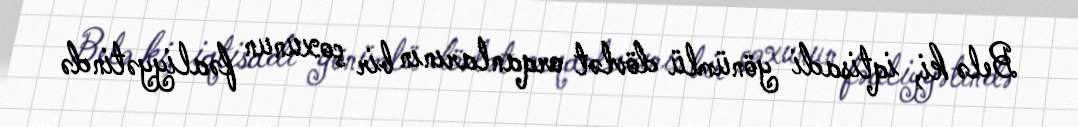
Belə ki, iqtisadi yönümlü dövlət orqanlarının bir çoxunun fəaliyyətində